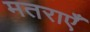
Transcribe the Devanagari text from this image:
मतराएँ